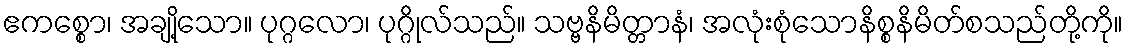
ဧကစ္စော၊ အချို့သော။ ပုဂ္ဂလော၊ ပုဂ္ဂိုလ်သည်။ သဗ္ဗနိမိတ္တာနံ၊ အလုံးစုံသောနိစ္စနိမိတ်စသည်တို့ကို။